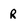
Character: R